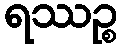
ရဿဉ္စ